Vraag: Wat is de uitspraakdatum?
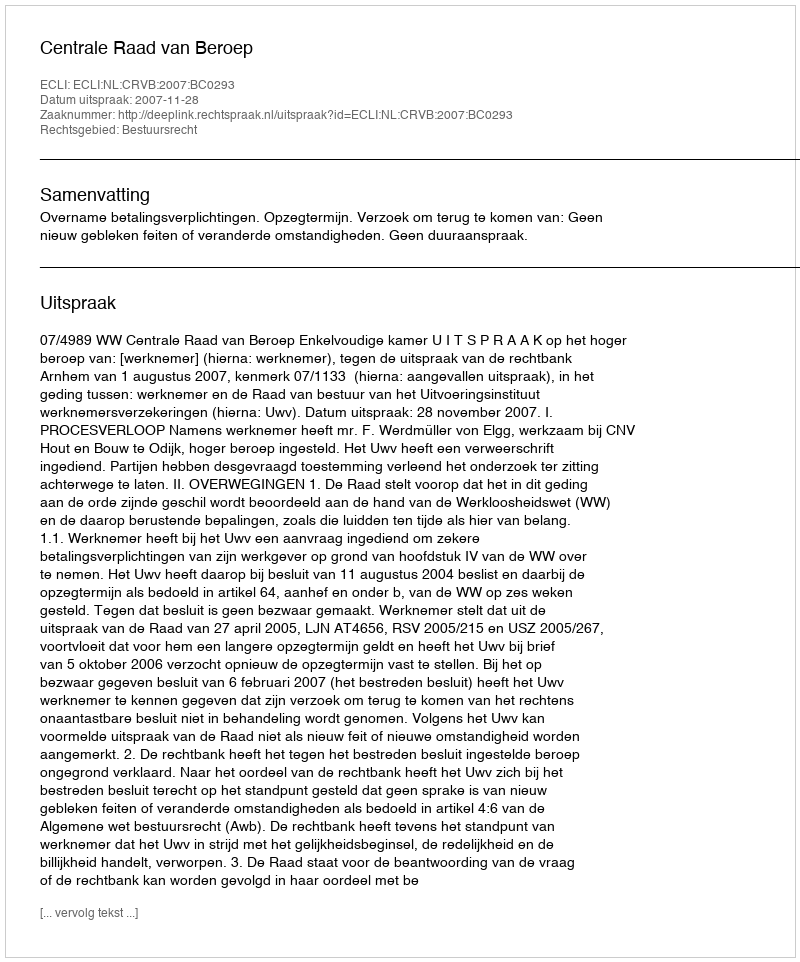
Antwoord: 2007-11-28